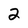
Character: 2